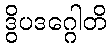
ဒွိပဒဂ္ဂေါတိ